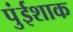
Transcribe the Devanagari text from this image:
पुंईशाक